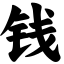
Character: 钱